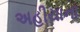
અહીયાના